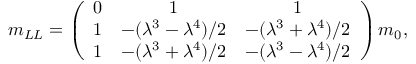
m _ { L L } = \left( \begin{array} { c c c } { { 0 } } & { { 1 } } & { { 1 } } \\ { { 1 } } & { { - ( \lambda ^ { 3 } - \lambda ^ { 4 } ) / 2 } } & { { - ( \lambda ^ { 3 } + \lambda ^ { 4 } ) / 2 } } \\ { { 1 } } & { { - ( \lambda ^ { 3 } + \lambda ^ { 4 } ) / 2 } } & { { - ( \lambda ^ { 3 } - \lambda ^ { 4 } ) / 2 } } \end{array} \right) m _ { 0 } ,